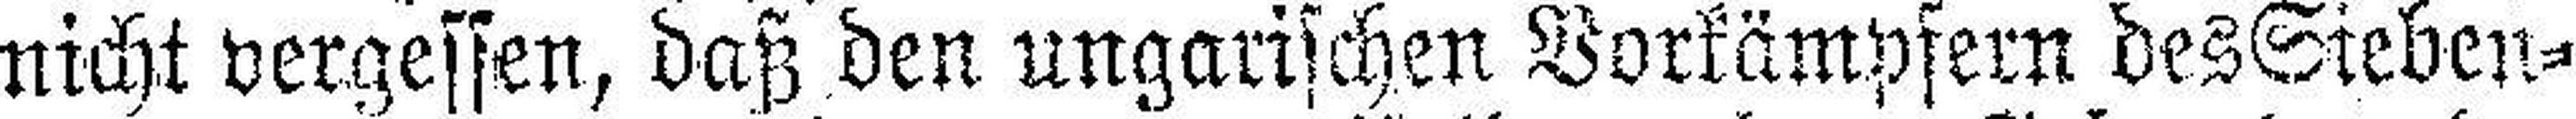
nicht vergessen, daß den ungarischen Vorkämpfern des Sieben¬